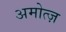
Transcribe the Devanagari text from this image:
अमोत्ज़